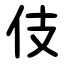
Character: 伎